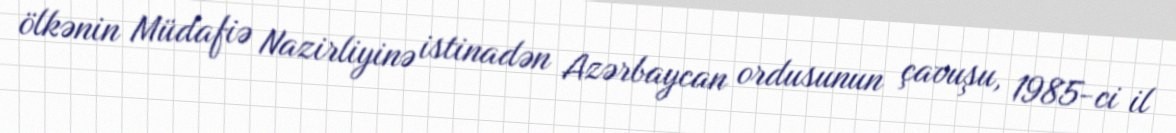
ölkənin Müdafiə Nazirliyinə istinadən Azərbaycan ordusunun çavuşu, 1985-ci il